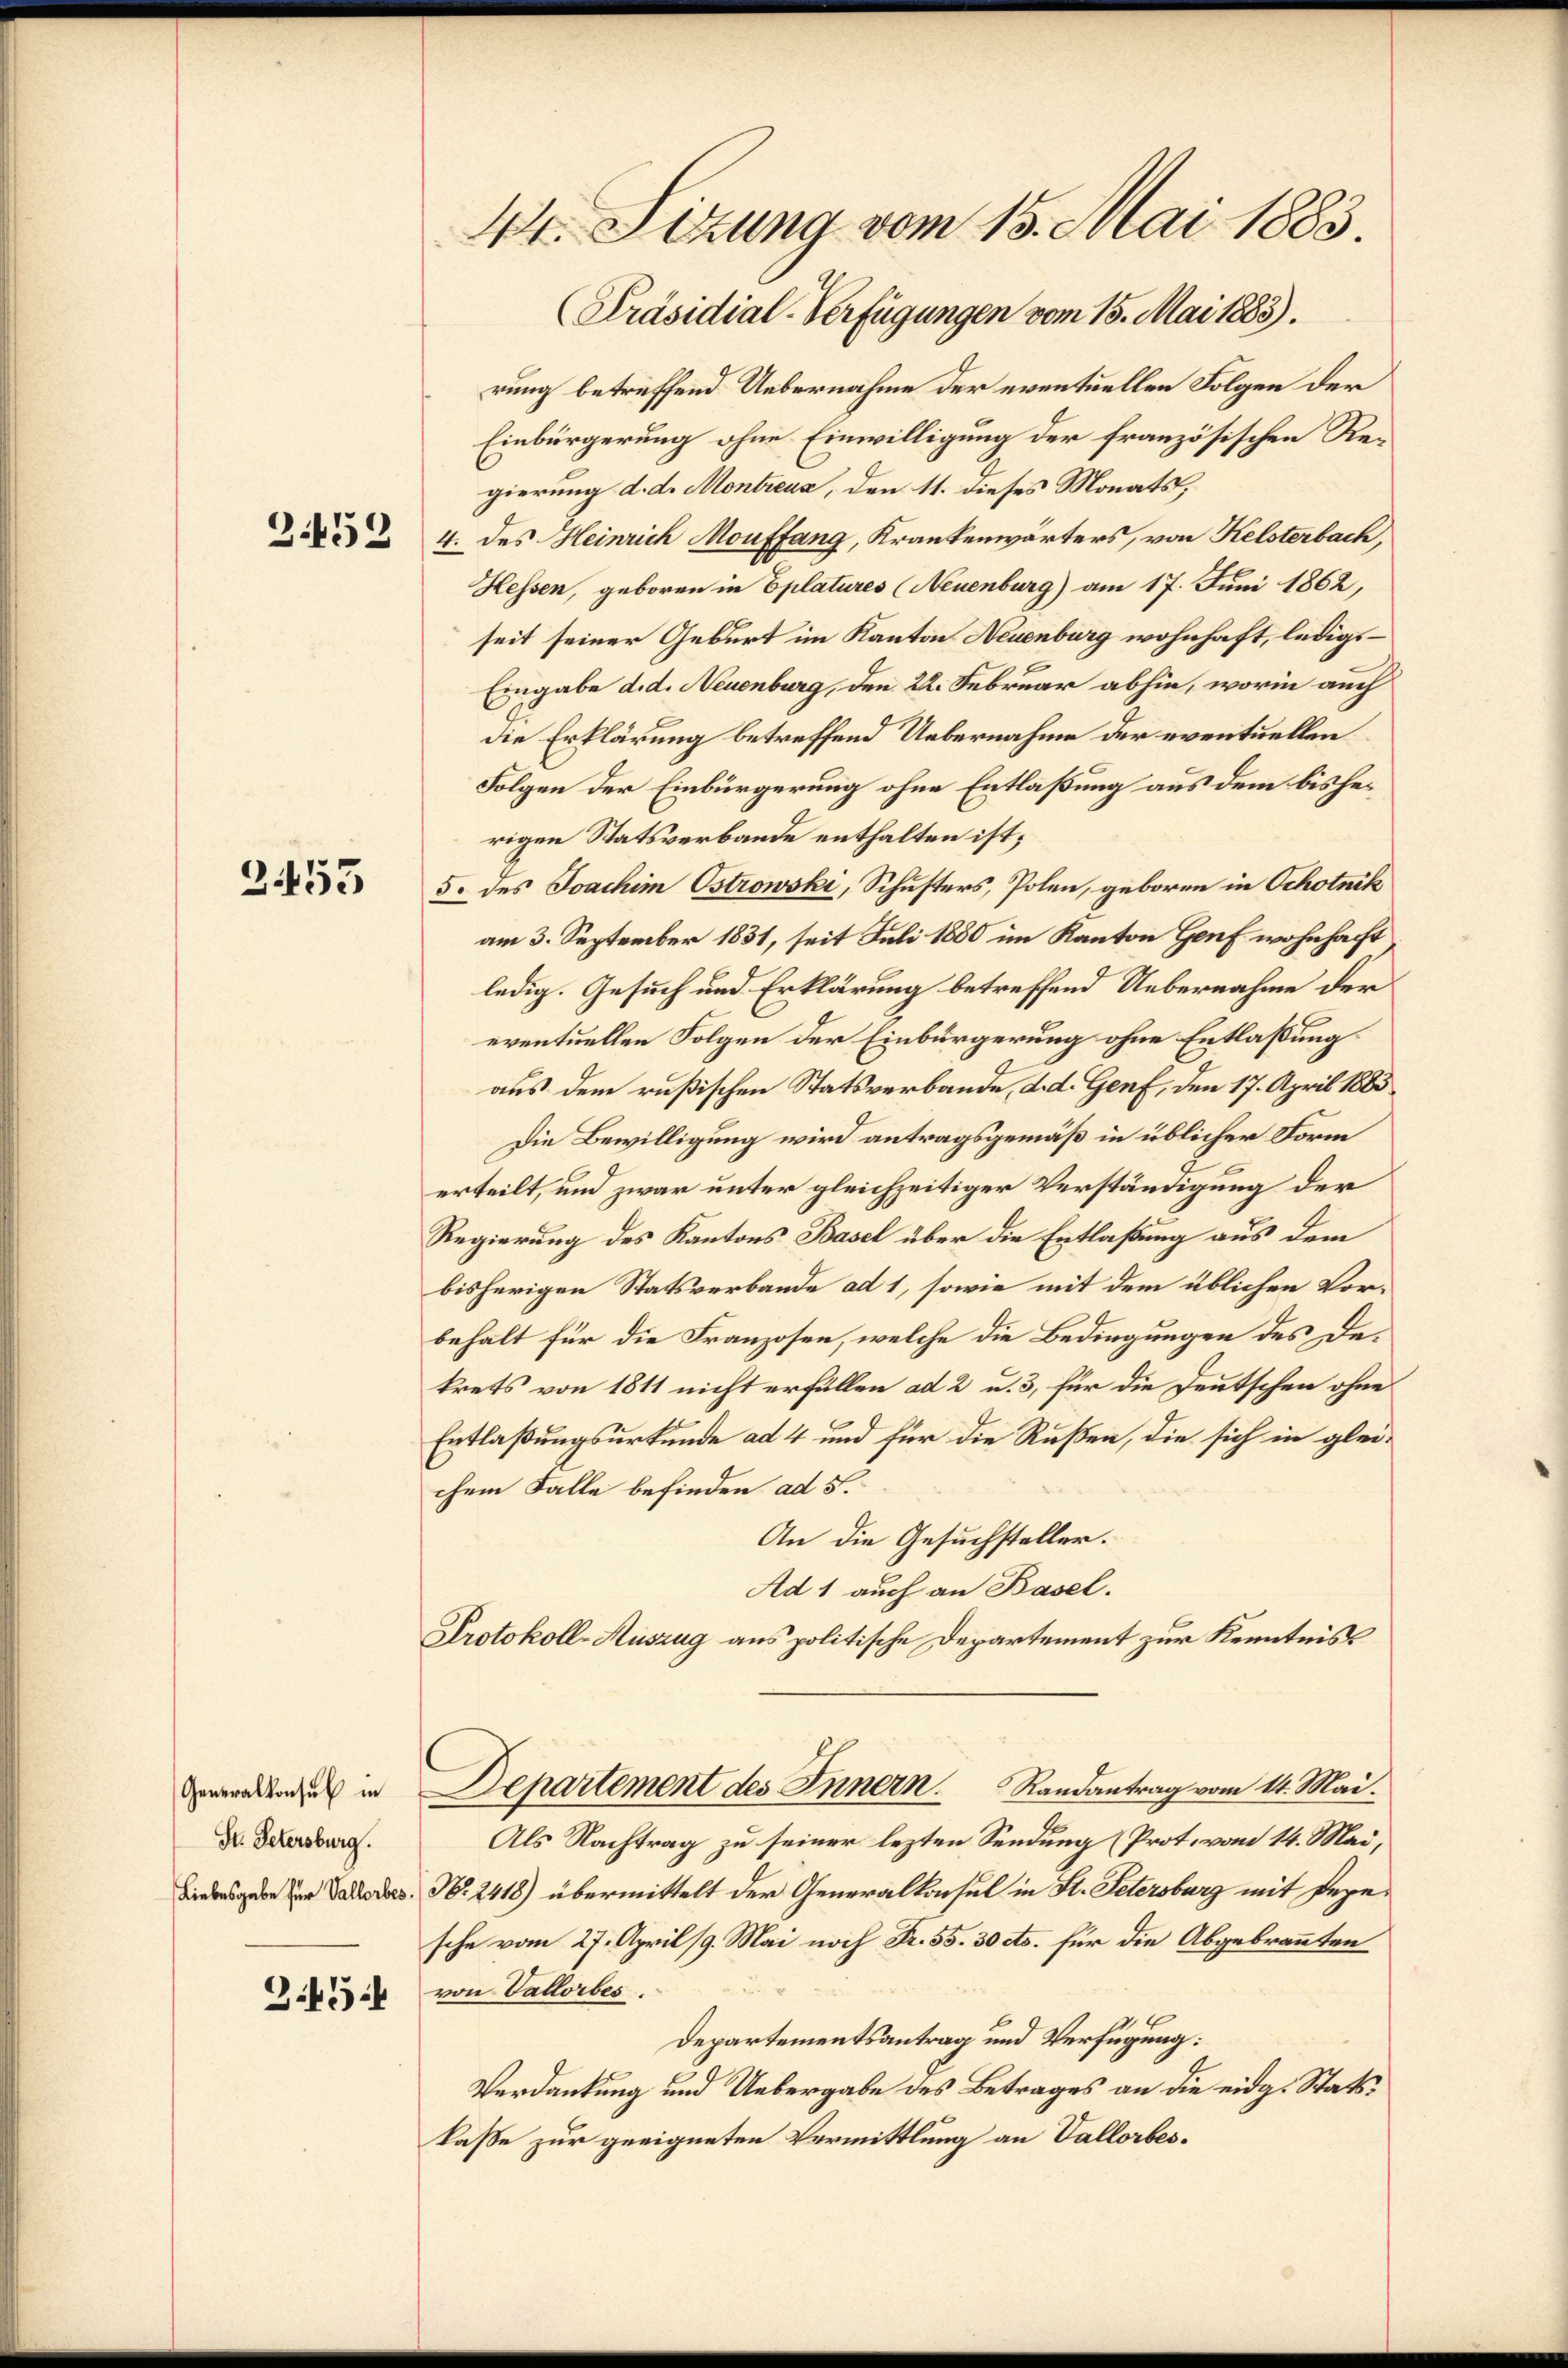
3.452

2453

Generalkonsul in
St. Petersburg.
3454

44. Sizung vom 15. Mai 1883.
Präsidial-Verfügungen vom 15. Mai 1883).

rung betreffend Uebernahme der eventuellen Folgen der
Einbürgerung ohne Einwilligung der französischen Regierung d. d. Montreus, den 11. dieses Monats,
4. des Heinrich Mouffang, Krankenwärters, von Kelsterbach,
Hessen, geboren in Eplatures (Neuenburg) am 17. Juni 1862,
seit seiner Geburt im Kanton Neuenburg wohnhaft, ledigs¬
Eingabe d. d. Neuenburg, den 22. Februar abhin, worin auch
die Erklärung betreffend Uebernahme der eventuellen
Folgen der Einbürgerung ohne Entlaßung aus dem bisherigen Statsverbande enthalten ist;
5. des Joachim Ostrowski, Schusters, Polen, geboren in Schotnik
am 3. September 1831, seit Juli 1880 im Kanton Genf wohnhacht
ledig. Gesuch und Erklärung betreffend Uebernahme der
eventuellen Folgen der Einbürgerung ohne Entlaßung
aus dem rußischen Statsverbande, d. d. Genf, den 17. April 1883
Die Bewilligung wird antragsgemäß in üblicher Form
erteilt, und zwar unter gleichzeitiger Verständigung der
Regierung des Kantons Basel über die Entlaßung aus dem
bisherigen Statsverbande ad 1, sowie mit dem üblichen Vorbehalt für die Franzosen, welche die Bedingungen des Dekrets von 1811 nicht erfüllen ad 2 u. 3, für die Deutschen ohne
Entlaßungsurkunde ad 4 und für die Rußen, die sich in gleichem Falle befinden ad 5.
An die Gesuchsteller.
Ad 1 auch an Basel.
Protokoll-Auszug aus politische Departement zur Kenntniss
Departement des Innern. Randantrag vom 14. Mai.
Als Nachtrag zu seiner lezten Sendung (Prot. vom 14. Mai,
Biebesgabe der Vallodes N. 2418) übermittelt der Generalkonsul in St. Petersburg mit Depesche vom 27. April 19. Mai noch Fr. 55. 30 cts. für die Abgebrannten
von Vallorbes.
6
Departementsantrag und Verfügung:
Verdankung und Uebergabe des Betrages an die eidg. Statskasse zur geeigneten Vermittlung an Vallorbes¬